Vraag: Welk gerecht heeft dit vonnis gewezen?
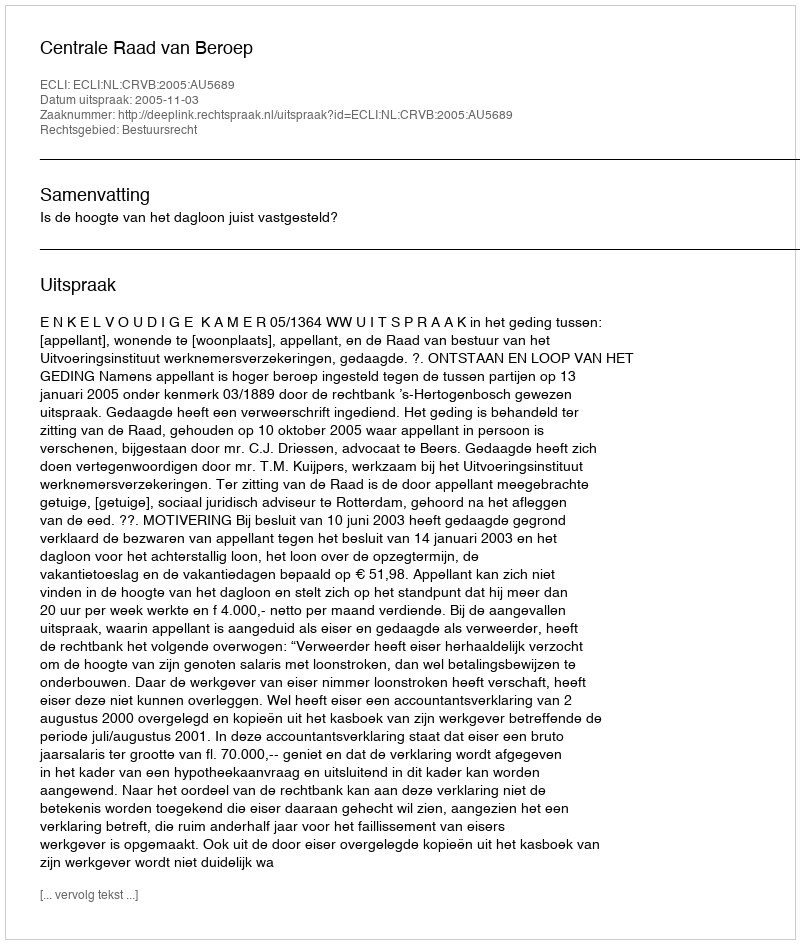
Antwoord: Centrale Raad van Beroep